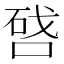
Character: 𠷠